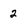
Character: 2